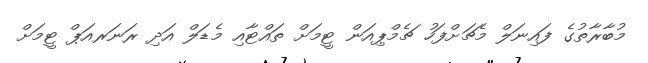
މުބާރާތުގެ ފައިނަލް މެޗަށްފަހު ޗެމްޕިއަން ޓީމަށް ތައްޓާއި މެޑަލް އަދި ރަނަރއަޕް ޓީމަށް